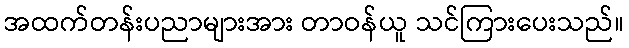
အထက်တန်းပညာများအား တာဝန်ယူ သင်ကြားပေးသည်။